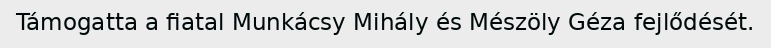
Támogatta a fiatal Munkácsy Mihály és Mészöly Géza fejlődését.